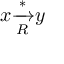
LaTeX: x { \xrightarrow [ { R } ] { * } } y